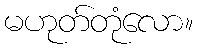
မဟုတ်တုံလော။